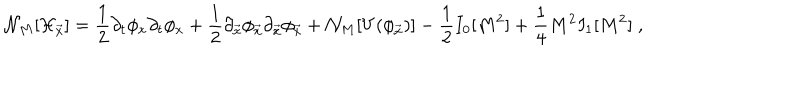
LaTeX: { \cal N } _ { M } [ { \cal H } _ { \vec { x } } ] = { \frac { 1 } { 2 } } \partial _ { t } \phi _ { x } \partial _ { t } \phi _ { x } + { \frac { 1 } { 2 } } \partial _ { \vec { x } } \phi _ { \vec { x } } \partial _ { \vec { x } } \phi _ { \vec { x } } + { \cal N } _ { M } [ V ( \phi _ { \vec { x } } ) ] - { \frac { 1 } { 2 } } I _ { 0 } [ M ^ { 2 } ] + { \frac { 1 } { 4 } } M ^ { 2 } I _ { 1 } [ M ^ { 2 } ] \; ,